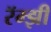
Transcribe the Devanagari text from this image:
रॅम्झी